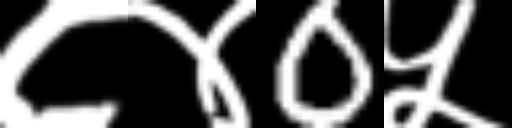
Text: ८४0५